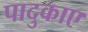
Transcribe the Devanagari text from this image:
पादुकाए